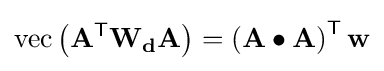
\operatorname {vec} \left(\mathbf {A} ^{\textsf {T}}\mathbf {W_{d}} \mathbf {A} \right)=\left(\mathbf {A} \bullet \mathbf {A} \right)^{\textsf {T}}\mathbf {w}